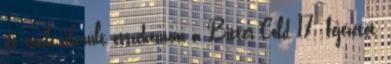
de csak sikerült összehoznom a Bitter Cold 17. fejezetét,